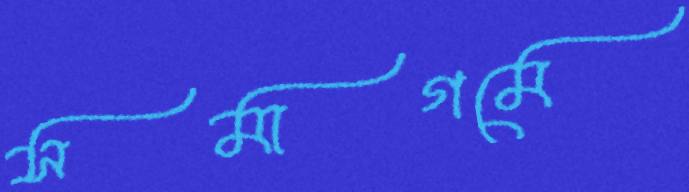
সমাগমে